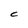
Character: C